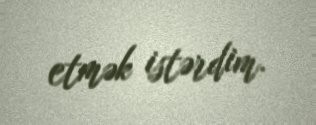
etmək istərdim.